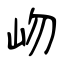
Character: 岉